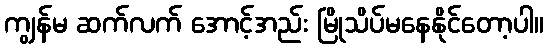
ကျွန်မ ဆက်လက် အောင့်အည်း မြိုသိပ်မနေနိုင်တော့ပါ။